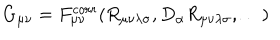
LaTeX: G _ { \mu \nu } = F _ { \mu \nu } ^ { c o r r } ( R _ { \mu \nu \lambda \sigma } , D _ { \alpha } R _ { \mu \nu \lambda \sigma } , \dots )